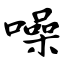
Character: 噪